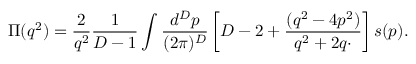
\Pi ( q ^ { 2 } ) = { \frac { 2 } { q ^ { 2 } } } { \frac { 1 } { D - 1 } } \int { \frac { d ^ { D } p } { ( 2 \pi ) ^ { D } } } \left[ D - 2 + { \frac { ( q ^ { 2 } - 4 p ^ { 2 } ) } { q ^ { 2 } + 2 q \cdotp } } \right] s ( p ) .